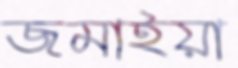
জমাইয়া